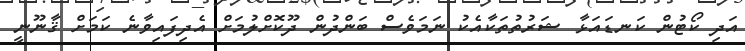
އަދި ކޯޓުން ކަނޑައަޅާ ޝަރުތުތަކާއެކު ނަމަވެސް ބަންދުން ދޫކޮށްލުމަށް އެދިފައިވާނެ ކަމަށް ޤާނޫނީ